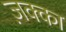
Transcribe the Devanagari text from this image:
ज़क्का